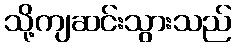
သို့ကျဆင်းသွားသည်